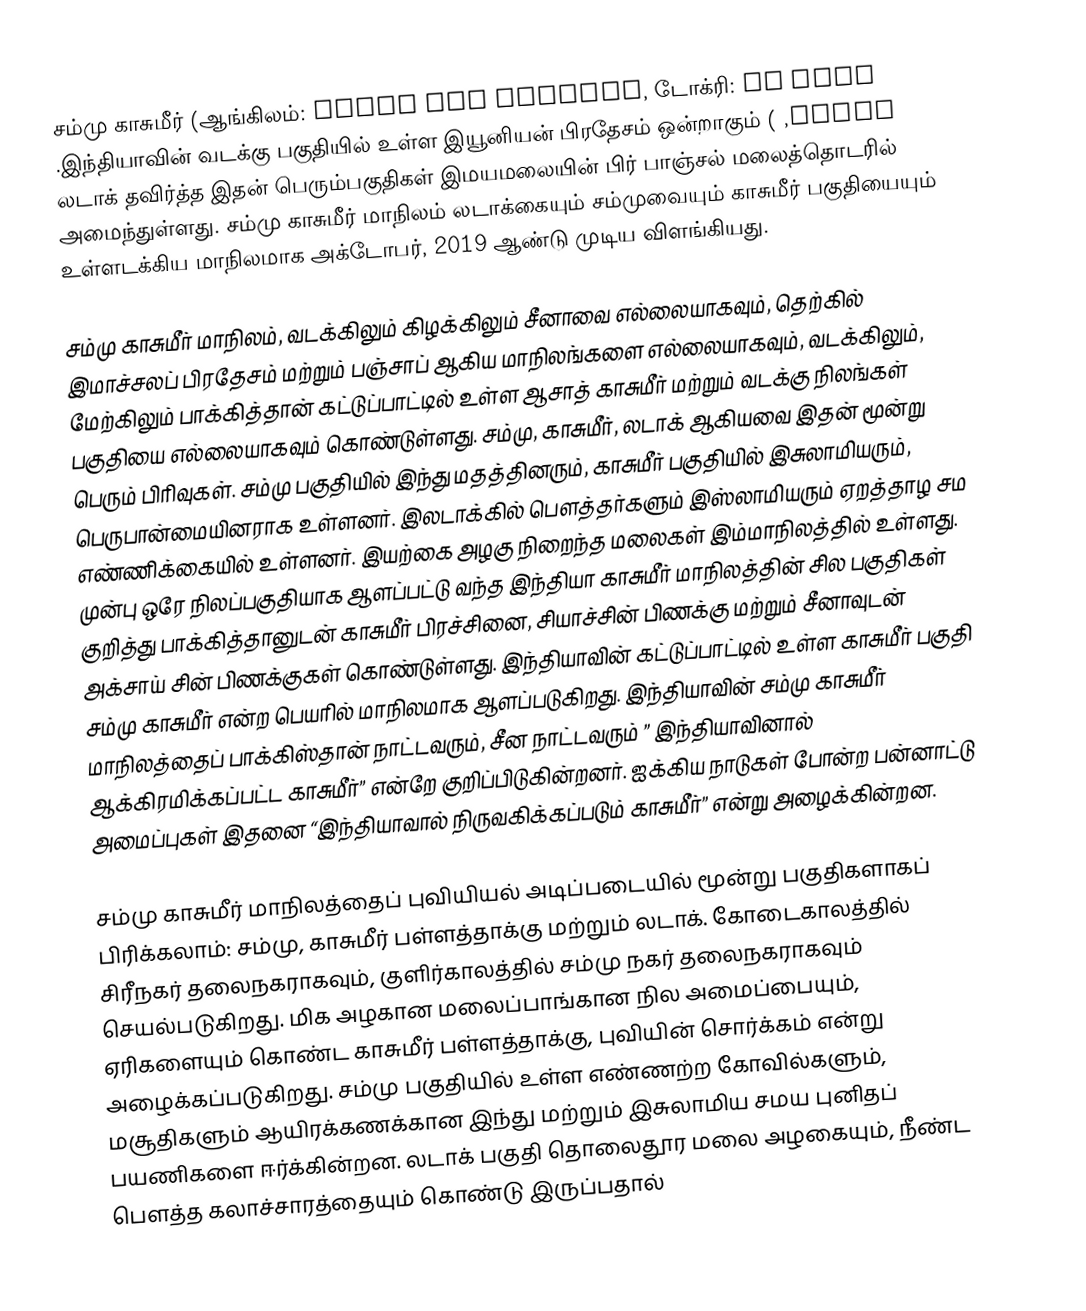
சம்மு காசுமீர் (ஆங்கிலம்: Jammu and Kashmir, டோக்ரி: جموں  او کشمیر, ) இந்தியாவின் வடக்கு பகுதியில் உள்ள இயூனியன் பிரதேசம் ஒன்றாகும். லடாக் தவிர்த்த இதன் பெரும்பகுதிகள் இமயமலையின் பிர் பாஞ்சல் மலைத்தொடரில் அமைந்துள்ளது. சம்மு காசுமீர் மாநிலம் லடாக்கையும் சம்முவையும் காசுமீர் பகுதியையும் உள்ளடக்கிய மாநிலமாக அக்டோபர், 2019 ஆண்டு முடிய விளங்கியது.

சம்மு காசுமீர் மாநிலம், வடக்கிலும் கிழக்கிலும் சீனாவை எல்லையாகவும், தெற்கில் இமாச்சலப் பிரதேசம் மற்றும் பஞ்சாப் ஆகிய மாநிலங்களை எல்லையாகவும், வடக்கிலும், மேற்கிலும் பாக்கித்தான் கட்டுப்பாட்டில் உள்ள ஆசாத் காசுமீர் மற்றும் வடக்கு நிலங்கள் பகுதியை எல்லையாகவும் கொண்டுள்ளது. சம்மு, காசுமீர், லடாக் ஆகியவை இதன் மூன்று பெரும் பிரிவுகள். சம்மு பகுதியில் இந்து மதத்தினரும், காசுமீர் பகுதியில் இசுலாமியரும், பெருபான்மையினராக உள்ளனர். இலடாக்கில் பௌத்தர்களும் இஸ்லாமியரும் ஏறத்தாழ சம எண்ணிக்கையில் உள்ளனர். இயற்கை அழகு நிறைந்த மலைகள் இம்மாநிலத்தில் உள்ளது. முன்பு ஒரே நிலப்பகுதியாக ஆளப்பட்டு வந்த இந்தியா காசுமீர் மாநிலத்தின் சில பகுதிகள் குறித்து பாக்கித்தானுடன் காசுமீர் பிரச்சினை, சியாச்சின் பிணக்கு மற்றும் சீனாவுடன் அக்சாய் சின் பிணக்குகள் கொண்டுள்ளது. இந்தியாவின் கட்டுப்பாட்டில் உள்ள காசுமீர் பகுதி சம்மு காசுமீர் என்ற பெயரில் மாநிலமாக ஆளப்படுகிறது. இந்தியாவின் சம்மு காசுமீர் மாநிலத்தைப் பாக்கிஸ்தான் நாட்டவரும், சீன நாட்டவரும் ” இந்தியாவினால் ஆக்கிரமிக்கப்பட்ட காசுமீர்” என்றே குறிப்பிடுகின்றனர். ஐக்கிய நாடுகள் போன்ற பன்னாட்டு அமைப்புகள் இதனை “இந்தியாவால் நிருவகிக்கப்படும் காசுமீர்” என்று அழைக்கின்றன.

சம்மு காசுமீர் மாநிலத்தைப் புவியியல் அடிப்படையில் மூன்று பகுதிகளாகப் பிரிக்கலாம்: சம்மு, காசுமீர் பள்ளத்தாக்கு  மற்றும் லடாக். கோடைகாலத்தில் சிரீநகர்  தலைநகராகவும், குளிர்காலத்தில் சம்மு நகர் தலைநகராகவும் செயல்படுகிறது. மிக அழகான மலைப்பாங்கான நில அமைப்பையும், ஏரிகளையும் கொண்ட காசுமீர் பள்ளத்தாக்கு, புவியின் சொர்க்கம் என்று அழைக்கப்படுகிறது. சம்மு பகுதியில் உள்ள எண்ணற்ற கோவில்களும், மசூதிகளும் ஆயிரக்கணக்கான இந்து மற்றும் இசுலாமிய சமய புனிதப் பயணிகளை ஈர்க்கின்றன. லடாக் பகுதி தொலைதூர மலை அழகையும், நீண்ட பெளத்த கலாச்சாரத்தையும் கொண்டு இருப்பதால்